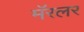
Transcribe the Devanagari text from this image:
मॅरलर